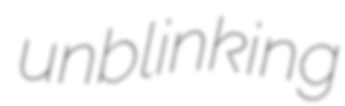
unblinking